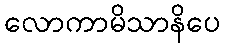
လောကာမိသာနိပေ